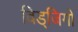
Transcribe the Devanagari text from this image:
विड्जिगो